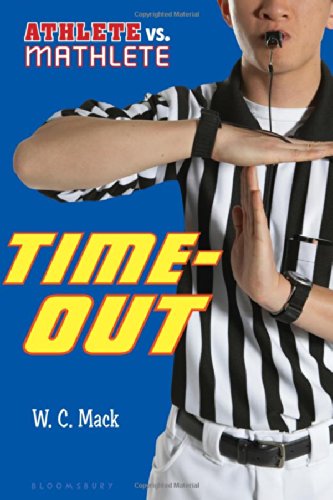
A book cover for Athlete vs. Mathlete: Time-Out; W. C. Mack; Children's Books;